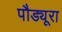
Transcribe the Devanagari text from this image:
पौड्यूरा